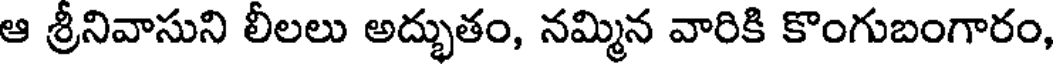
ఆ శ్రీనివాసుని లీలలు అద్భుతం, నమ్మిన వారికి కొంగుబంగారం,